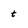
Character: t